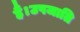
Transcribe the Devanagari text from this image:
हैं।उपजाति